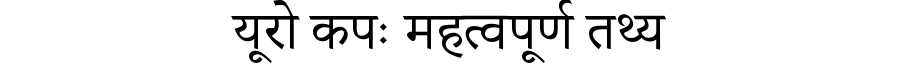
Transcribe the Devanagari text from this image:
यूरो कपः महत्वपूर्ण तथ्य